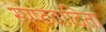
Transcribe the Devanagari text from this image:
स्‍पष्‍टवादिता